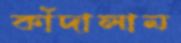
কাঁদালাম